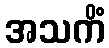
အသကိံ